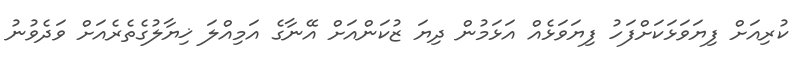
ކުރިއަށް ފިޔަވަޅަކަށްފަހު ފިޔަވަޅެއް އަޅަމުން ދިޔަ ޒުކަންއަށް އޭނާގެ އަމިއްލަ ޚިޔާލުގެތެރެއަށް ވަދެވުނު